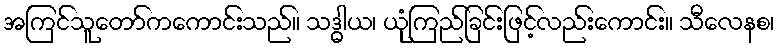
အကြင်သူတော်ကကောင်းသည်။ သဒ္ဓါယ၊ ယုံကြည်ခြင်းဖြင့်လည်းကောင်း။ သီလေနစ၊